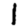
Digit: 1